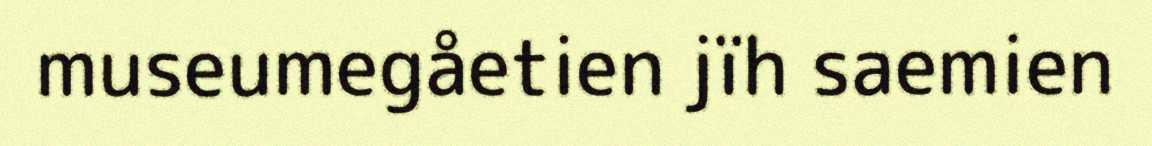
museumegåetien jïh saemien